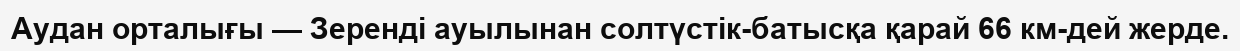
Аудан орталығы — Зеренді ауылынан солтүстік-батысқа қарай 66 км-дей жерде.